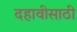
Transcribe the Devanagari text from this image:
दहावीसाठी